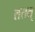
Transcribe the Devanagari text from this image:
ततत्‌